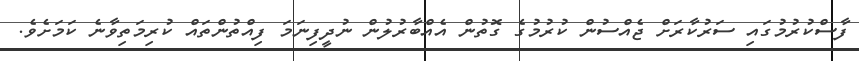
ފާސްކުރުމުގައި ސަރުކާރަށް ޖެއްސުން ކުރުމުގެ ގޮތުން އެއްބާރުލުން ނުދީފިނަމަ ފިއްތުންތައް ކުރިމަތިވާނެ ކަމަށެވެ.